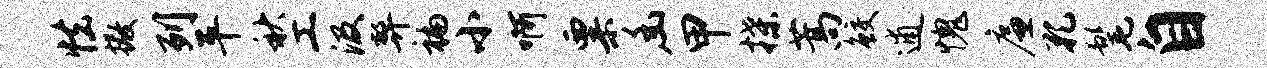
怯撒列平秋工汲弊褊小啊粟幽甲揲蒿鲛逋愧廉孔髦自